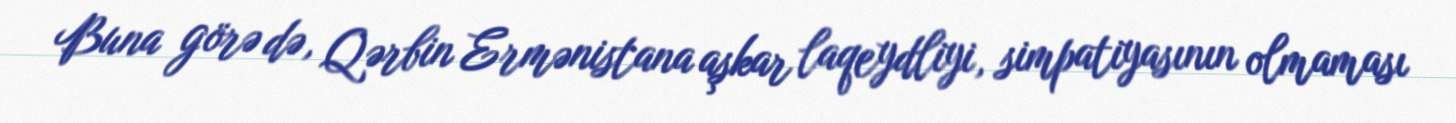
Buna görə də, Qərbin Ermənistana aşkar laqeydliyi, simpatiyasının olmaması